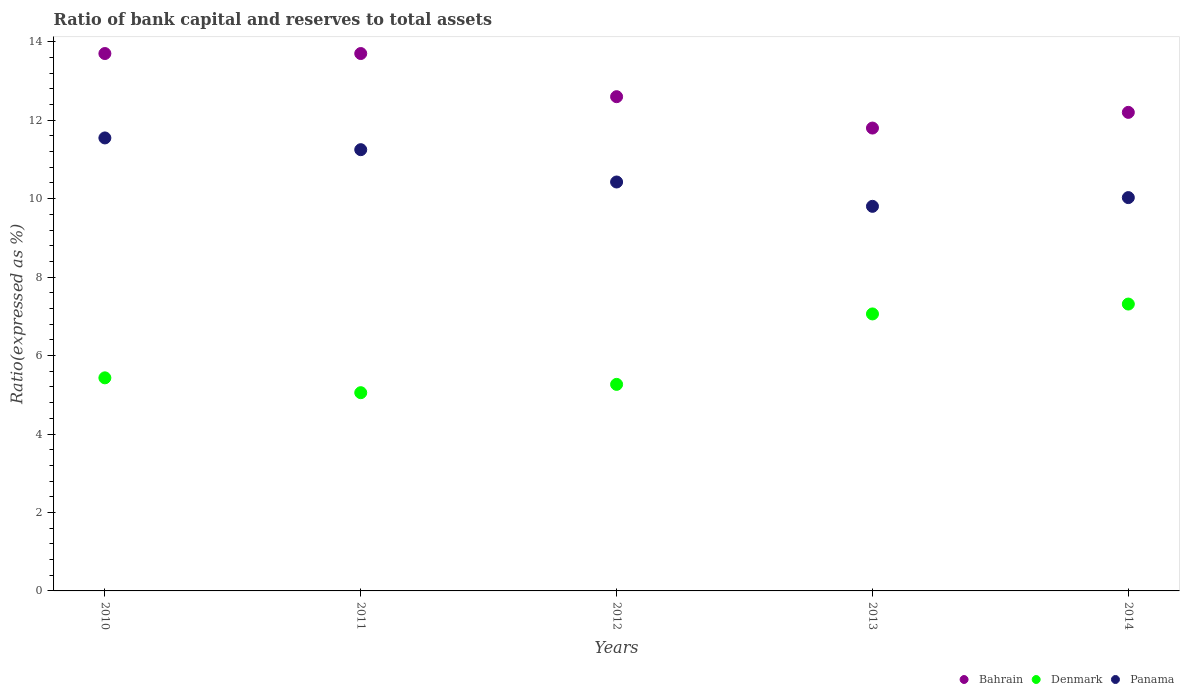
| Years | Bahrain | Denmark | Panama |
 | --- | --- | --- | --- |
 | 2010 | 13.7 | 5.43 | 11.5 |
 | 2011 | 13.7 | 5.05 | 11.2 |
 | 2012 | 12.6 | 5.27 | 10.4 |
 | 2013 | 11.8 | 7.06 | 9.8 |
 | 2014 | 12.2 | 7.31 | 10 |